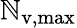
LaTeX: \mathbb{N}_{\mathrm{{v,max}}}